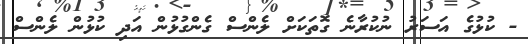
- ކުޅުގެ އަސަރު ނުކުރާނެ ގޮތަކަށް ލެންސް ގެންގުޅުން އަދި ކުޅުން ލެންސް